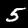
Digit: 5